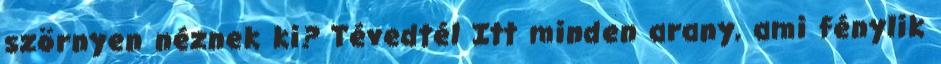
szörnyen néznek ki? Tévedtél Itt minden arany, ami fénylik